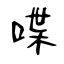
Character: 喋